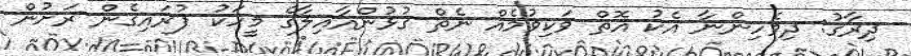
ދިރާގު: ދިވެހިންނާ އެކު އޮތް ވަކިވުމެއް ނެތް ގުޅުންއާއިލާގެ މީހަކު ފުރައިގެން ރަށުން